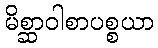
မိစ္ဆာဝါစာပစ္စယာ